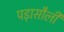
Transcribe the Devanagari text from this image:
पड़ासौली